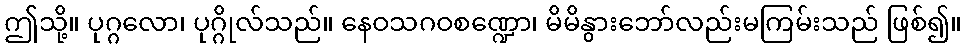
ဤသို့။ ပုဂ္ဂလော၊ ပုဂ္ဂိုလ်သည်။ နေဝသဂဝစဏ္ဍော၊ မိမိနွားဘော်လည်းမကြမ်းသည် ဖြစ်၍။